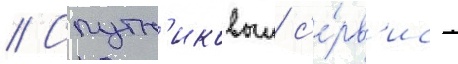
// Спутн'иковыи с'е́рв'ис